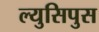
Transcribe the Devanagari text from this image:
ल्युसिपुस